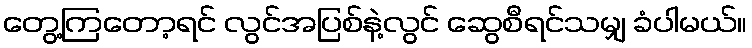
တွေ့ကြတော့ရင် လွင်အပြစ်နဲ့လွင် ဆွေစီရင်သမျှ ခံပါမယ်။